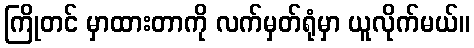
ကြိုတင် မှာထားတာကို လက်မှတ်ရုံမှာ ယူလိုက်မယ်။